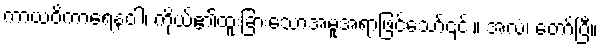
ကာယဝိကာရေနဝါ၊ ကိုယ်၏ထူးခြားသောအမူအရာဖြင့်သော်၎င်း။ အလံ၊ တော်ပြီ။